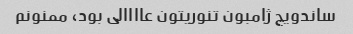
ساندویچ ژامبون تنوریتون عاااالی بود، ممنونم